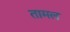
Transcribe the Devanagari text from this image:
तामल